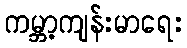
ကမ္ဘာ့ကျန်းမာရေး